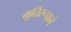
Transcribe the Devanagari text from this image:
मूर्तिरूपाने